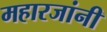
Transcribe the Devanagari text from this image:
महारजांनी